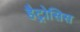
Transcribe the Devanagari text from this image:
हैट्रोसिस